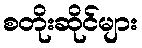
စတိုးဆိုင်များ